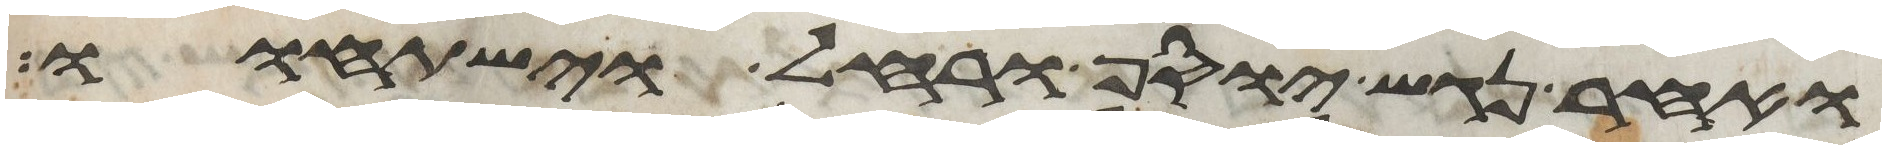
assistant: ואחר נגש יוסף ורחל וישתחוו